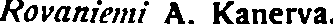
Rovaniemi A. Kanerva.